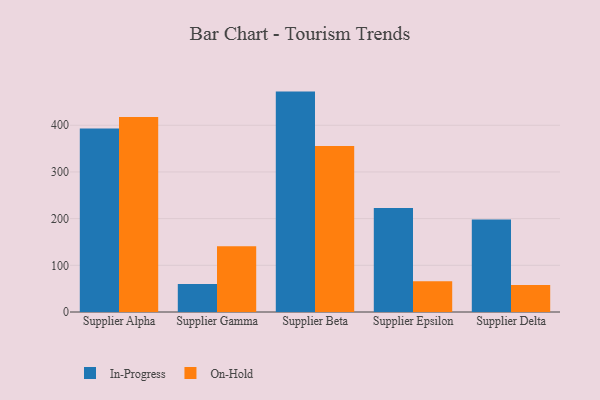
{"axis": {"x": "Supplier", "y": "Website Visitors"}, "legend": ["In-Progress", "On-Hold"], "data": [{"x": "Supplier Alpha", "y": 393.2, "type": "In-Progress"}, {"x": "Supplier Alpha", "y": 417.5, "type": "On-Hold"}, {"x": "Supplier Gamma", "y": 60.2, "type": "In-Progress"}, {"x": "Supplier Gamma", "y": 140.8, "type": "On-Hold"}, {"x": "Supplier Beta", "y": 472.1, "type": "In-Progress"}, {"x": "Supplier Beta", "y": 355.6, "type": "On-Hold"}, {"x": "Supplier Epsilon", "y": 223.0, "type": "In-Progress"}, {"x": "Supplier Epsilon", "y": 65.7, "type": "On-Hold"}, {"x": "Supplier Delta", "y": 198.3, "type": "In-Progress"}, {"x": "Supplier Delta", "y": 57.9, "type": "On-Hold"}]}